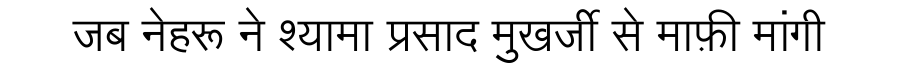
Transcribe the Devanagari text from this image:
जब नेहरू ने श्यामा प्रसाद मुखर्जी से माफ़ी मांगी